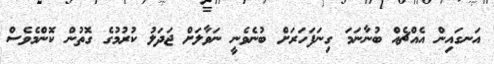
އަނގައިން އެއްޗެއް ބުނާނަމަ ގިނަފަހަރަށް ބުނެވެނީ ނަވާލަށް ޖަދަލު ކުރުމުގެ ގޮތުން ކޮންމެވެސް